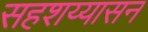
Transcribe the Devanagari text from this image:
सहशय्यासन